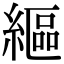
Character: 䌔